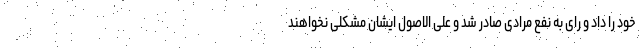
خود را داد و رای به نفع مرادی صادر شد و علی الاصول ایشان مشکلی نخواهند